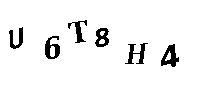
U6T8H4